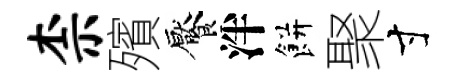
柰殯饜泮餅聚寸